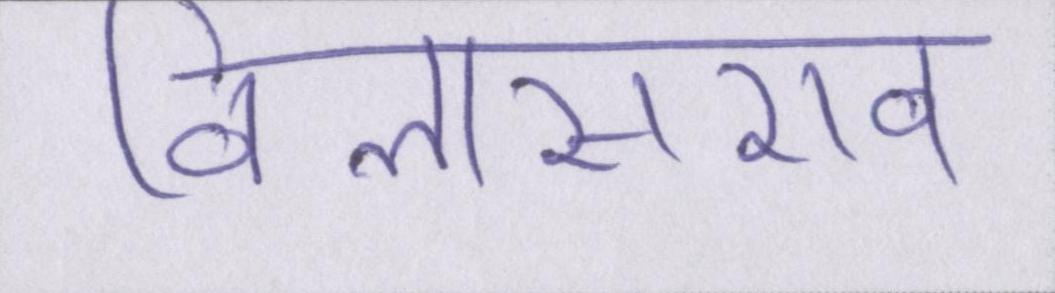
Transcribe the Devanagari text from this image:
विलासराव